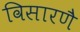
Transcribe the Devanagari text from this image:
विसारणै